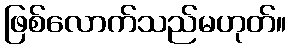
ဖြစ်လောက်သည်မဟုတ်။